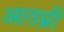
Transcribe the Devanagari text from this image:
आतम्नी